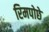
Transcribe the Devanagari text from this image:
रिमपोछे